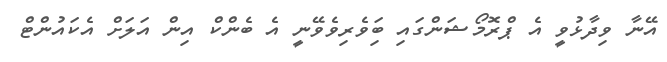
އޭނާ ވިދާޅުވީ އެ ޕްރޮމޯޝަންގައި ބަިިވެރިވެވޭނީ އެ ބެންކް އިން އަލަށް އެކައުންޓް